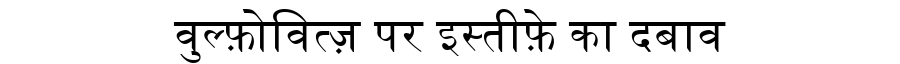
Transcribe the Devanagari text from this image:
वुल्फ़ोवित्ज़ पर इस्तीफ़े का दबाव